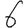
Digit: 6